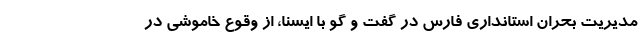
مدیریت بحران استانداری فارس در گفت و گو با ایسنا، از وقوع خاموشی در